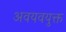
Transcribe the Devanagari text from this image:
अवयवयुक्त